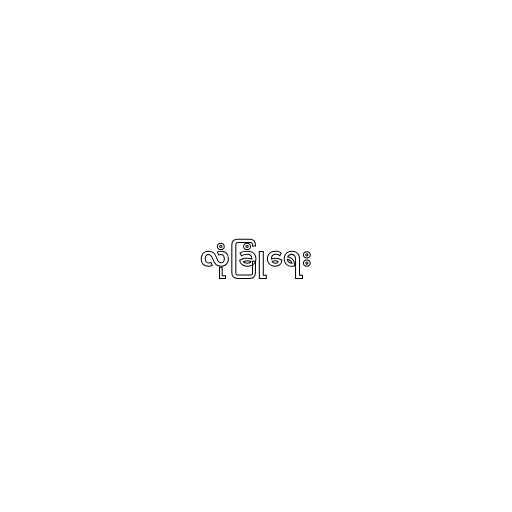
လုံခြုံရေး